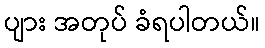
ပျား အတုပ် ခံရပါတယ်။